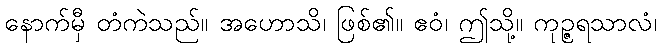
နောက်မှီ တံကဲသည်။ အဟောသိ၊ ဖြစ်၏။ ဧဝံ၊ ဤသို့။ ကုဉ္ဇရသာလံ၊